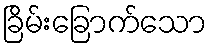
ခြိမ်းခြောက်သော